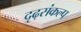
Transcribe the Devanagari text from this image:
दृढ़संकल्प